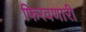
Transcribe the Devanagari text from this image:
फिरवणारी